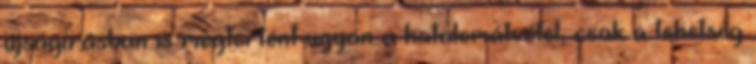
újságírásban is megtörtént ugyan a hatalomátvétel, csak a tehetség